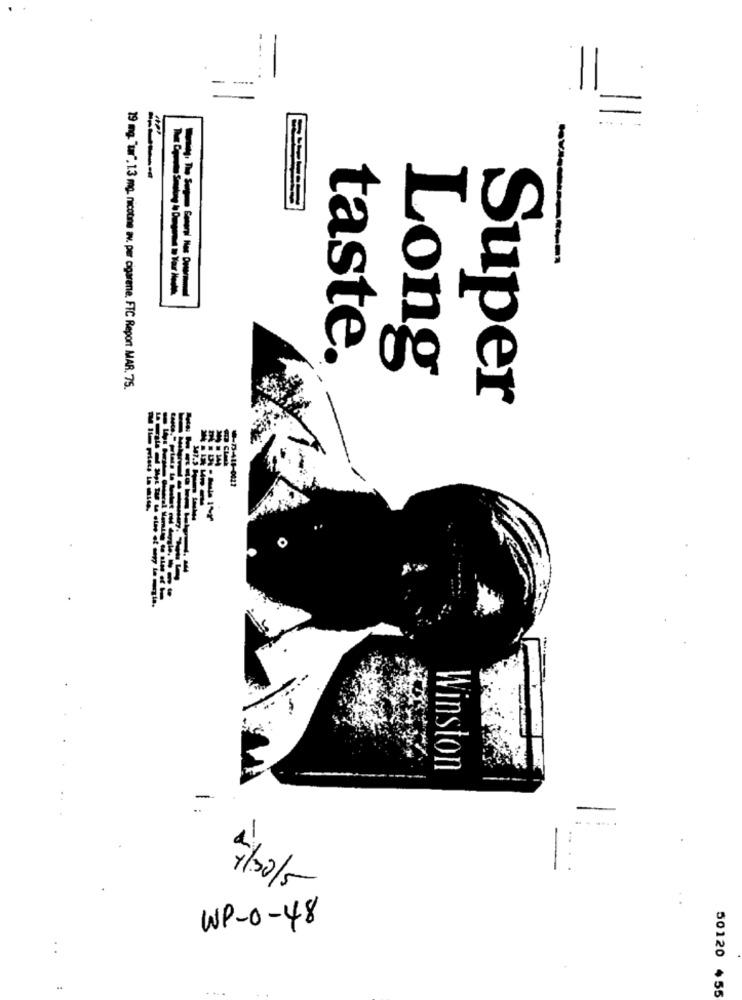
..
------
taste.
Long
19 mg. "ur", 1,3 mg. nicotine av. par cigarene, FTC Report MAR. 75.
Super
1-0021
Winston
4/2015-
WP-0-48
50120 $55